Civil Veterinary Dept. Assam report 1927-50 - 1927-1950
Year: 1927
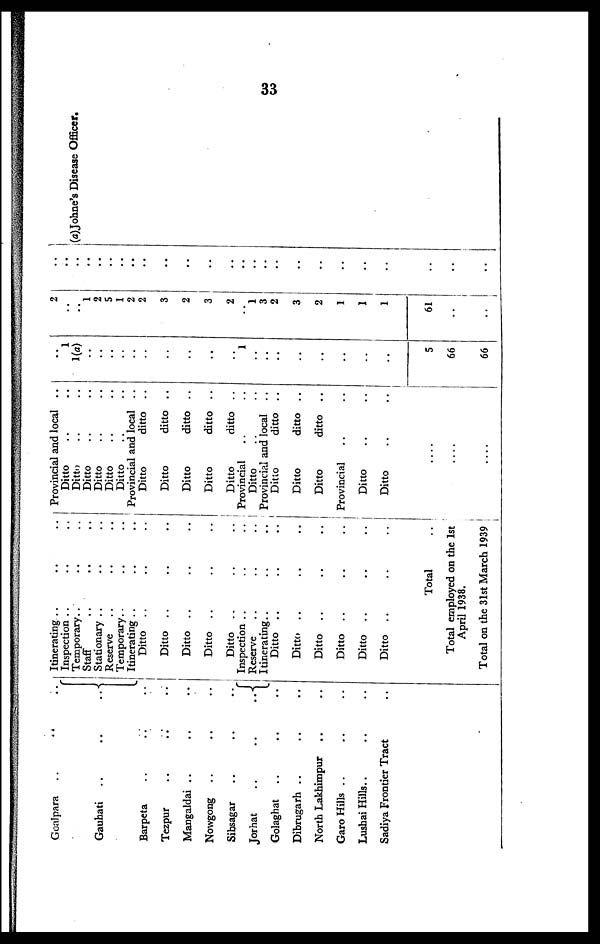
33
Goalpara
..
..
..
Gauhati .. .. ..
Barpeta .. .. ..
Tezpur .. .. ..
Mangaldai .. .. ..
Nowgong .. .. ..
Sibsagar .. .. ..
Jorhat
..
..
..
Golaghat .. .. ..
Dibrugarh .. .. ..
North Lakhimpur .. ..
Garo Hills .. .. ..
Lushai Hills .. .. ..
Sadiya Frontier Tract ..
Itinerating .. .. ..
Inspection .. .. ..
Temporary .. .. ..
Staff .. .. ..
Stationary .. .. ..
Reserve .. .. ..
Temporary .. .. ..
Itinerating .. .. ..
Ditto .. .. ..
Ditto .. .. ..
Ditto .. .. ..
Ditto .. .. ..
Ditto .. .. ..
Inspection .. .. ..
Reserve .. .. ..
Itinerating .. .. ..
Ditto .. .. ..
Ditto .. .. ..
Ditto .. .. ..
Ditto
..
..
..
Ditto .. .. ..
Ditto .. .. ..
Total .. ..
Total employed on the 1st
April 1938.
Total on the 31st March 1939
Provincial and local ..
Ditto .. .. ..
Ditto .. .. ..
Ditto .. .. ..
Ditto .. .. ..
Ditto .. .. ..
Ditto .. .. ..
Provincial and local ..
Ditto
ditto ..
Ditto
ditto ..
Ditto
ditto ..
Ditto
ditto ..
Ditto
ditto ..
Provincial .. .. ..
Ditto .. .. ..
Provincial and local
Ditto
ditto ..
Ditto
ditto ..
Ditto
ditto ..
Provincial .. .. ..
Ditto .. .. ..
Ditto
..
..
..
..
1
1(a)
..
..
..
..
..
..
..
..
..
..
1
..
..
..
..
..
..
..
..
5
66
66
2
..
1
2
5
1
2
2
3
2
3
2
..
1
3
2
3
2
1
1
1
61
..
..
..
..
..
..
..
..
..
..
..
..
..
..
..
..
..
1
| (a)Johne's Disease Officer.